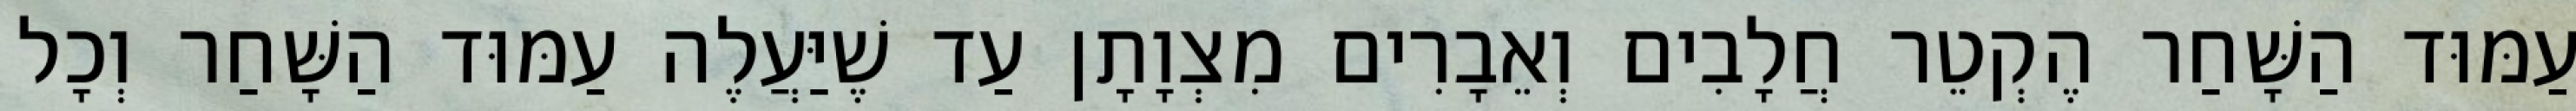
עַמּוּד הַשָּׁחַר הֶקְטֵר חֲלָבִים וְאֵבָרִים מִצְוָתָן עַד שֶׁיַּעֲלֶה עַמּוּד הַשָּׁחַר וְכָל